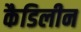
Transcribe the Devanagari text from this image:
कैडिलीन